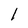
Character: l